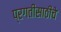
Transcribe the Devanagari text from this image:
प्रगतीसाठीचे